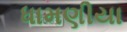
ધામણીયા